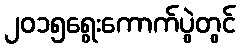
၂၀၁၅ရွေးကောက်ပွဲတွင်